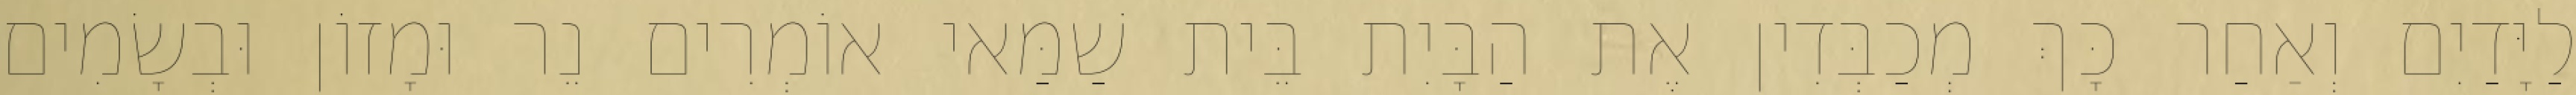
לַיָּדַיִם וְאַחַר כָּךְ מְכַבְּדִין אֶת הַבָּיִת בֵּית שַׁמַּאי אוֹמְרִים נֵר וּמָזוֹן וּבְשָׂמִים